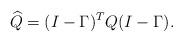
LaTeX: \begin{align*}\widehat Q =(I-\Gamma)^TQ (I-\Gamma). \end{align*}